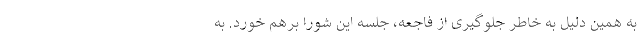
به همین دلیل به خاطر جلوگیری از فاجعه، جلسه این شورا برهم خورد. به